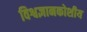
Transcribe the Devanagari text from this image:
विश्वज्ञानकोशीय